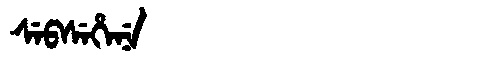
Manchu: ᠰᡝᠪᠰᡝᡥᡝᠨᡝ
Romanization: SEBSEHENE